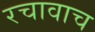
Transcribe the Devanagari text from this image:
रचावाच